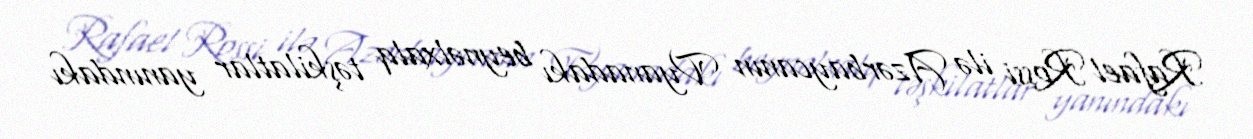
Rafael Rossi ilə Azərbaycanın Vyanadakı beynəlxalq təşkilatlar yanındakı